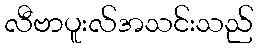
လီဗာပူးလ်အသင်းသည်